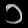
Digit: ၁